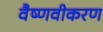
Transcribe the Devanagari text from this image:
वैष्णवीकरण